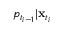
p _ { t _ { i - 1 } } | \mathbf { x } _ { t _ { i } }